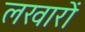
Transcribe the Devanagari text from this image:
लखारों